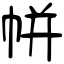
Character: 帡